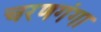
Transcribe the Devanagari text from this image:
चरणगंगा